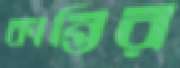
কান্তির